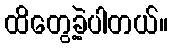
ထိတွေ့ခဲ့ပါတယ်။